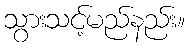
သွားသင့်မည်နည်း။